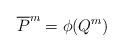
LaTeX: \begin{align*} \overline{P}^m = \phi( Q^m )\end{align*}